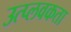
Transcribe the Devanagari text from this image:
उत्प्लवकता